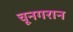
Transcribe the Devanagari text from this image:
चूनगरान